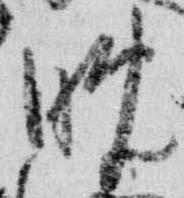
晩